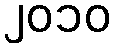
၂၀၁၀